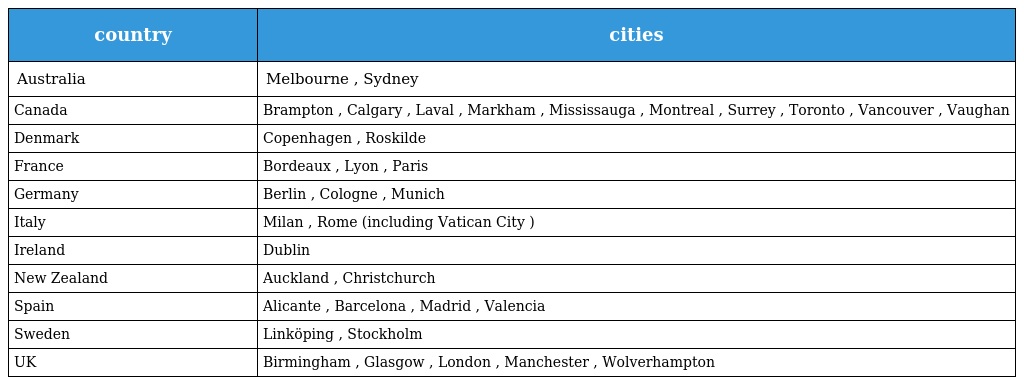
| country | cities |
 | --- | --- |
 | Australia | Melbourne , Sydney |
 | Canada | Brampton , Calgary , Laval , Markham , Mississauga , Montreal , Surrey , Toronto , Vancouver , Vaughan |
 | Denmark | Copenhagen , Roskilde |
 | France | Bordeaux , Lyon , Paris |
 | Germany | Berlin , Cologne , Munich |
 | Italy | Milan , Rome (including Vatican City ) |
 | Ireland | Dublin |
 | New Zealand | Auckland , Christchurch |
 | Spain | Alicante , Barcelona , Madrid , Valencia |
 | Sweden | Linköping , Stockholm |
 | UK | Birmingham , Glasgow , London , Manchester , Wolverhampton |